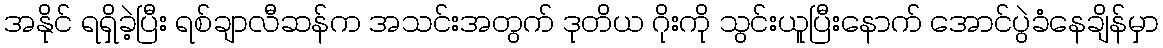
အနိုင် ရရှိခဲ့ပြီး ရစ်ချာလီဆန်က အသင်းအတွက် ဒုတိယ ဂိုးကို သွင်းယူပြီးနောက် အောင်ပွဲခံနေချိန်မှာ